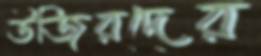
উজিরদের